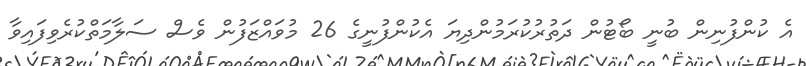
އެ ކުންފުނިން ބުނީ ބޯޓުން ދަތުރުކުރަމުންދިޔަ އެކުންފުނީގެ 26 މުވައްޒަފުން ވެސް ސަލާމަތްކުރެވިފައިވާ